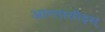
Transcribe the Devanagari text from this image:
आन्तासीद्स्